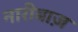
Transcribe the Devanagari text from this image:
नारीबाज़